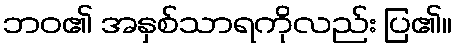
ဘဝ၏ အနှစ်သာရကိုလည်း ပြ၏။